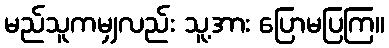
မည်သူကမျှလည်း သူ့အား ပြောမပြကြ။